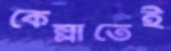
কেল্লাতেই